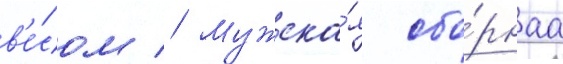
в'е́сом // Мужска́я сбо́рнаа